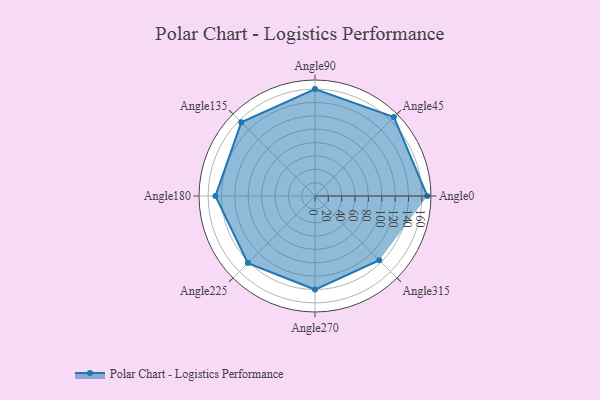
{"axis": {"x": "Angle", "y": "Radius"}, "legend": [""], "data": [{"x": "Angle0", "y": 168.0, "type": ""}, {"x": "Angle45", "y": 167.0, "type": ""}, {"x": "Angle90", "y": 160.0, "type": ""}, {"x": "Angle135", "y": 156.0, "type": ""}, {"x": "Angle180", "y": 149.0, "type": ""}, {"x": "Angle225", "y": 142.0, "type": ""}, {"x": "Angle270", "y": 140.0, "type": ""}, {"x": "Angle315", "y": 136.0, "type": ""}]}